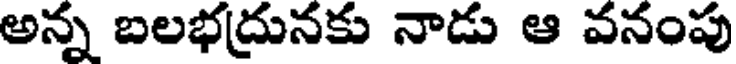
అన్న బలభద్రునకు నాడు ఆ వనంపు